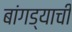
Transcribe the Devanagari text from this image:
बांगड्याची